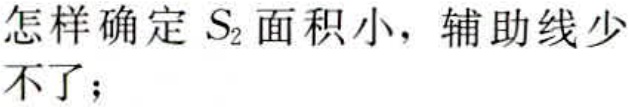
怎样确定 \(S_{2}\)面积小，辅助线少不了；